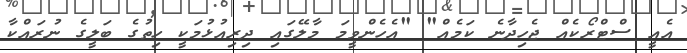
އެއީ ސްޓްރޯކެއް ޖެހިދާނެ ކަމެއް" "އެހެންވީމަ މާލޭގައި ދިރިއުޅުމަކީ ހިތުގެ ބަލީގެ ނުރައްކާ